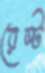
রেস্ট